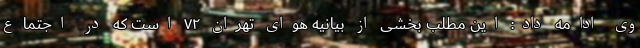
وی ادامه داد: این مطلب بخشی از بیانیه هوای تهران ۷۲ است که در اجتماع